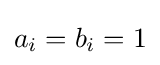
a_{i}=b_{i}=1